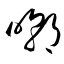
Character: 嘲